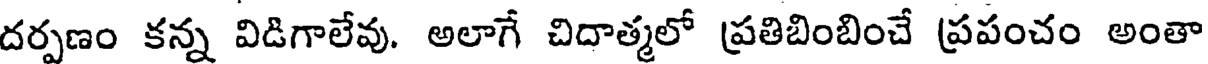
దర్పణం కన్న విడిగాలేవు. అలాగే చిదాత్మలో ప్రతిబింబించే ప్రపంచం అంతా